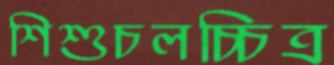
শিশুচলচ্চিত্র